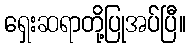
ရှေးဆရာတို့ပြုအပ်ပြီ။